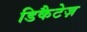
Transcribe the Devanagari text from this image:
डिकैटेज़